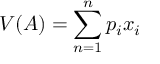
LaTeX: V ( A ) = \sum _ { n = 1 } ^ { n } p _ { i } x _ { i }